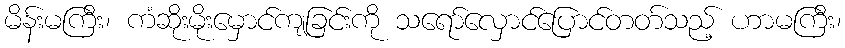
မိန်းမကြီး၊ ကံဆိုးမိုးမှောင်ကျခြင်းကို သရော်လှောင်ပြောင်တတ်သည့် ဟာမကြီး၊